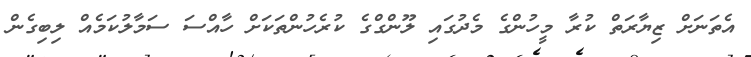
އެތަނަށް ޒިޔާރަތް ކުރާ މީހުންގެ މެދުގައި ލޫންގްގެ ކުރެހުންތަކަށް ހާއްސަ ސަމާލުކަމެއް ލިބިގެން